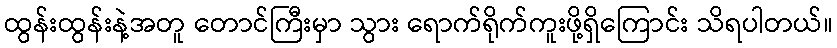
ထွန်းထွန်းနဲ့အတူ တောင်ကြီးမှာ သွား ရောက်ရိုက်ကူးဖို့ရှိကြောင်း သိရပါတယ်။